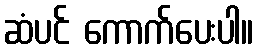
ဆံပင် ကောက်ပေးပါ။